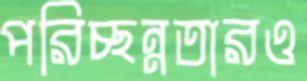
পরিচ্ছন্নতারও